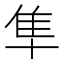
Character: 隼